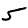
Digit: 5